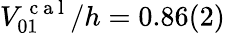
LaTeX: V_{01}^{\mathrm{~c~a~l~}}/h=0.86(2)